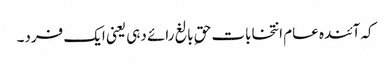
کہ آئندہ عام انتخابات حقِ بالغ رائے دہی یعنی ایک فرد۔